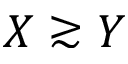
X \gtrsim Y